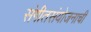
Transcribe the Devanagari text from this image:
संगीतसंयोजनाची